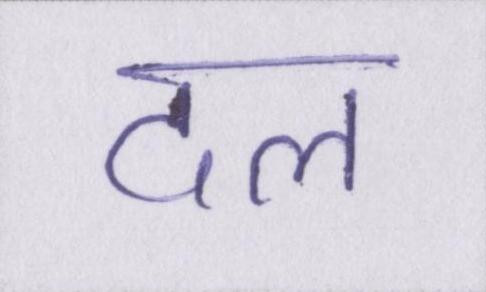
दल